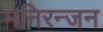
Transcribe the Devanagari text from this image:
मनिरन्जन